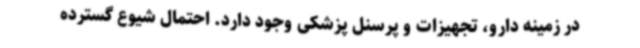
در زمینه دارو، تجهیزات و پرسنل پزشکی وجود دارد. احتمال شیوع گسترده